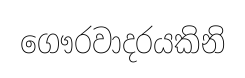
ගෞරවාදරයකිනි